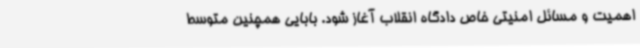
اهمیت و مسائل امنیتی خاص دادگاه انقلاب آغاز شود. بابایی همچنین متوسط